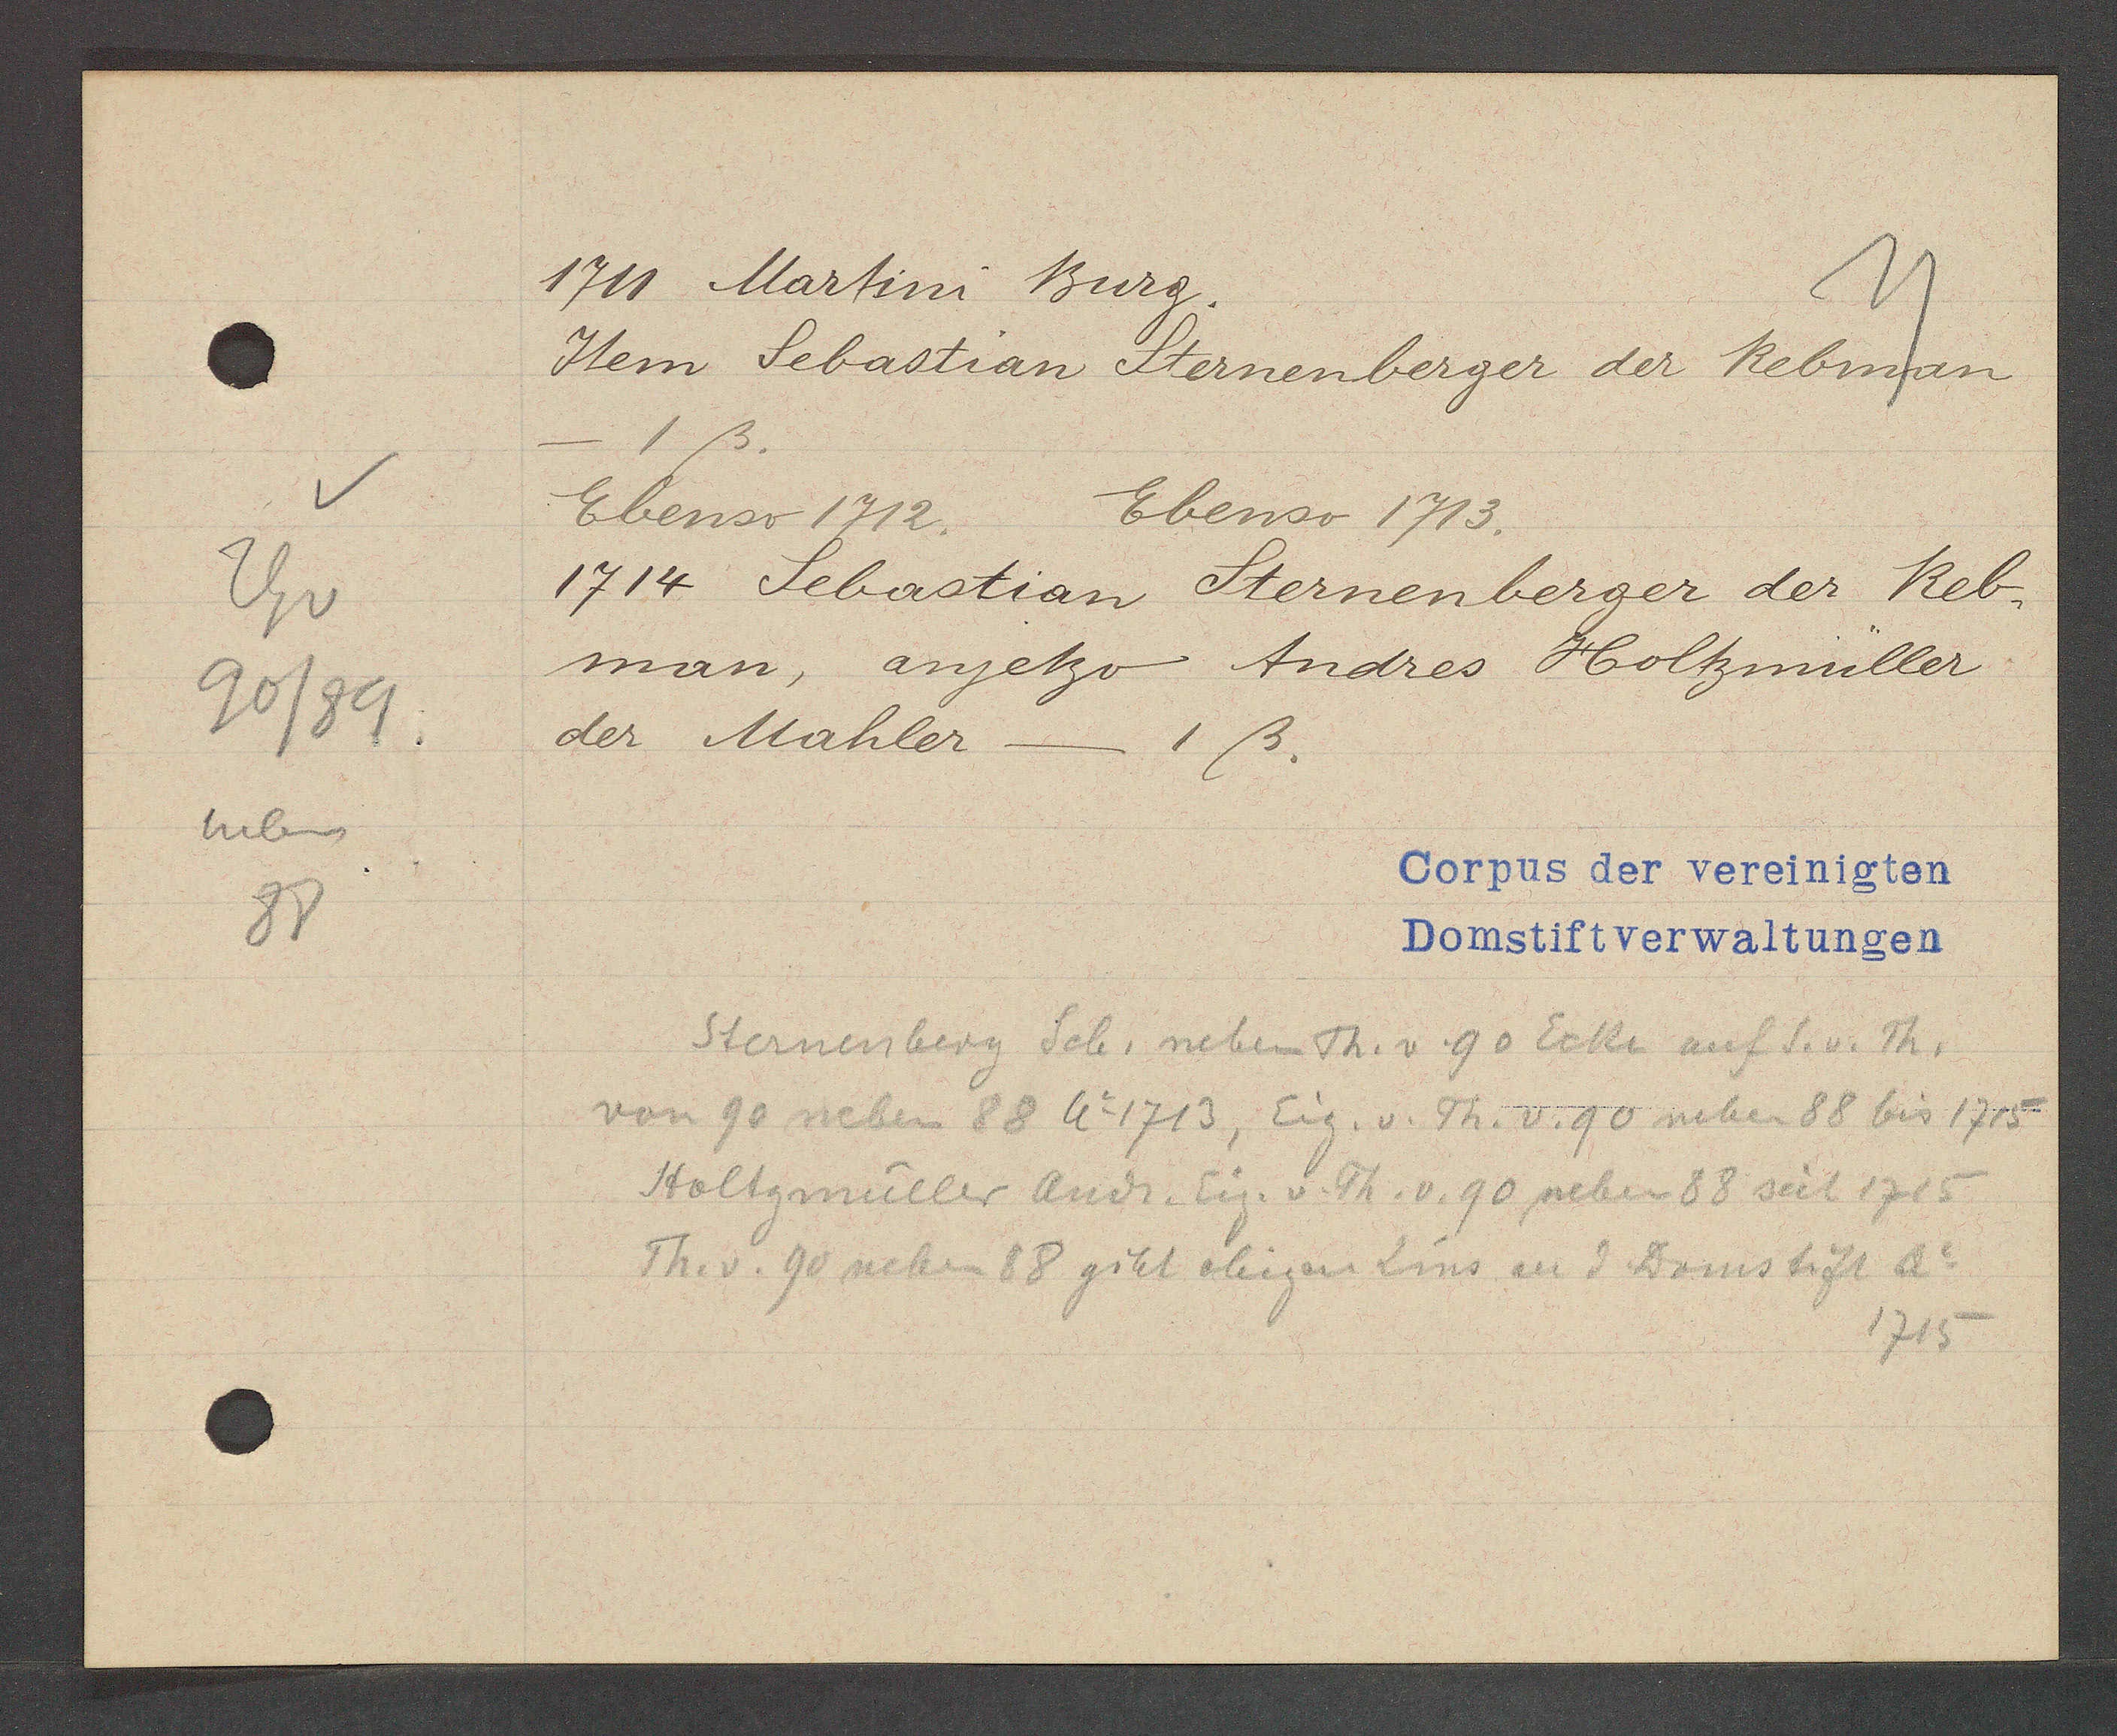
Transcript:
Th v
90/89
neben
88

1711 Martini Burg.

Item Sebastian Sternenberger der Rebman
1ß.
Ebenso 1713.
Ebenso 1712.
1714 Sebastian Sternenberger der Reb¬
man, anjetzo Andres Holtzmüller
der Mahler
1ß.

Corpus der vereinigten
Domstiftverwaltungen

Sternenberg Seb. neben Th. v. 90 Ecke auf S. v. Th.
von 90 neben 88 Ao 1713, Eig. v. Th. v. 90 neben 88 bis 1715
Holtzmüller Andr. Eig. v. Th. v. 90 neben 88 seit 1715
Th. v. 9 neben 88 gibt obigen Zins an d. Domstift Ao
1715